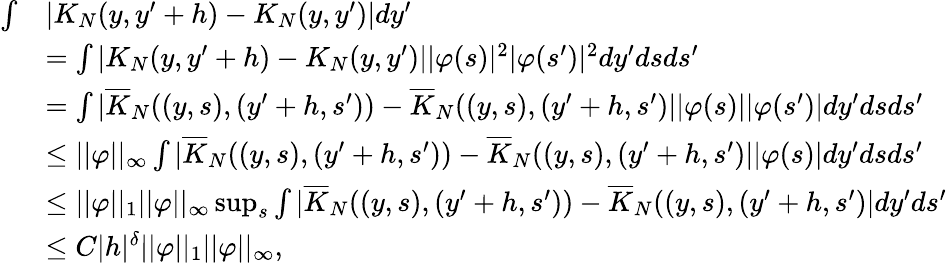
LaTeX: \begin{array}{rl}{\int}&{|K_{N}(y,y^{\prime}+h)-K_{N}(y,y^{\prime})|dy^{\prime}}\\ &{=\int|K_{N}(y,y^{\prime}+h)-K_{N}(y,y^{\prime})||\varphi(s)|^{2}|\varphi(s^{\prime})|^{2}dy^{\prime}dsds^{\prime}}\\ &{=\int|\overline{{K}}_{N}((y,s),(y^{\prime}+h,s^{\prime}))-\overline{{K}}_{N}((y,s),(y^{\prime}+h,s^{\prime})||\varphi(s)||\varphi(s^{\prime})|dy^{\prime}dsds^{\prime}}\\ &{\leq||\varphi||_{\infty}\int|\overline{{K}}_{N}((y,s),(y^{\prime}+h,s^{\prime}))-\overline{{K}}_{N}((y,s),(y^{\prime}+h,s^{\prime})||\varphi(s)|dy^{\prime}dsds^{\prime}}\\ &{\leq||\varphi||_{1}||\varphi||_{\infty}\operatorname*{sup}_{s}\int|\overline{{K}}_{N}((y,s),(y^{\prime}+h,s^{\prime}))-\overline{{K}}_{N}((y,s),(y^{\prime}+h,s^{\prime})|dy^{\prime}ds^{\prime}}\\ &{\leq C|h|^{\delta}||\varphi||_{1}||\varphi||_{\infty},}\end{array}